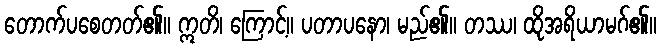
တောက်ပစေတတ်၏။ ဣတိ၊ ကြောင့်။ ပတာပနော၊ မည်၏။ တဿ၊ ထိုအရိယာမဂ်၏။